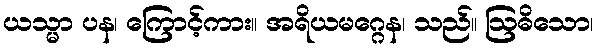
ယသ္မာ ပန၊ ကြောင့်ကား။ အရိယမဂ္ဂေန၊ သည်။ ဩဓိသော၊